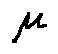
\mu